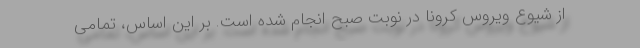
از شیوع ویروس کرونا در نوبت صبح انجام شده است. بر این اساس، تمامی